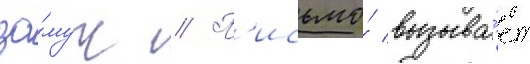
за́муж // П'исьмо́ вызыва́ет